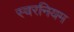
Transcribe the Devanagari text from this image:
स्वरनियम